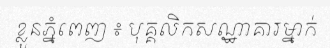
ខ្លួនភ្នំពេញ ៖ បុគ្គលិកសណ្ឋាគារម្នាក់